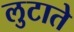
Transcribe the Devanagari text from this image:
लुटाते